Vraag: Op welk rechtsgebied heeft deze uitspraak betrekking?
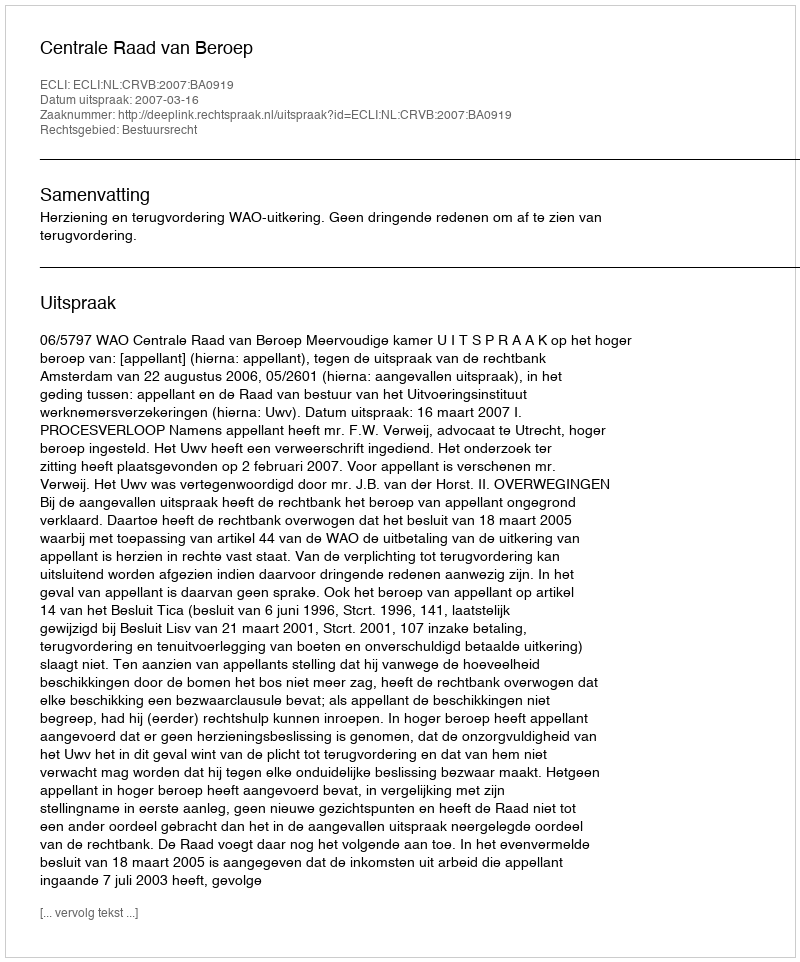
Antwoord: Bestuursrecht